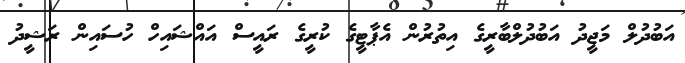
އަބުދުލް މަޖީދު އަބުދުލްބާރީގެ އިތުރުން އެޕާޓީގެ ކުރީގެ ރައީސް އައްޝައިހް ހުސައިން ރަޝީދު